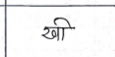
मजकूर: खी